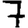
Digit: 7